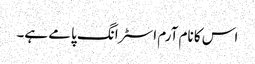
اس کا نام آرم اسٹرانگ پامے ہے۔